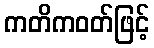
ကတိကဝတ်ဖြင့်